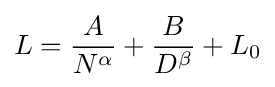
L={\frac {A}{N^{\alpha }}}+{\frac {B}{D^{\beta }}}+L_{0}